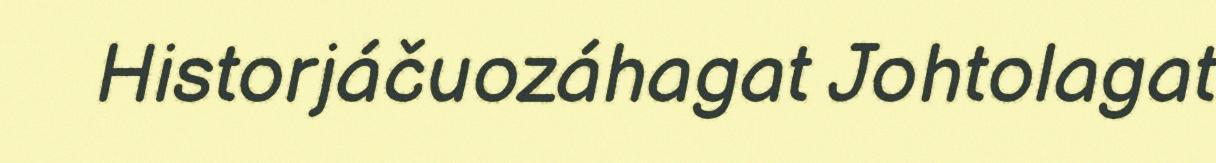
Historjáčuozáhagat Johtolagat